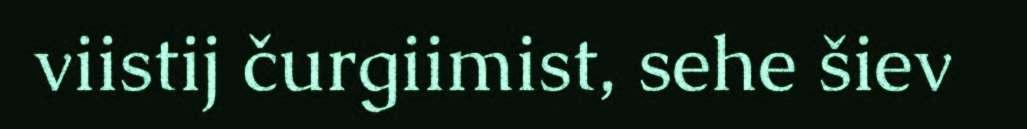
viistij čurgiimist, sehe šiev